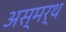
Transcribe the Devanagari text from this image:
अस्मर्थ